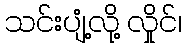
သင်းပျံ့လို့ လှိုင်၊